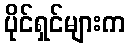
ပိုင်ရှင်များက